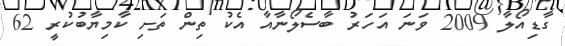
ގާޑިއޯލާ 2009 ވަނަ އަހަރު ބާސެލޯނާއާ އެކު ތިން ތަށި ކާމިޔާބުކުރީ 62